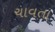
ચાવતા